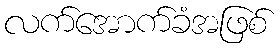
လက်အောက်ခံအဖြစ်